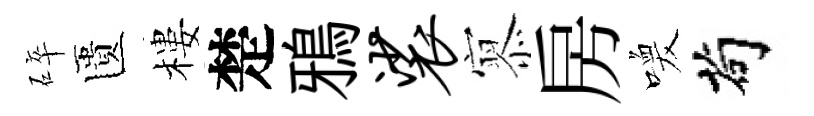
碎匱樓楚鴉裟𡪹房喚茍